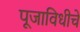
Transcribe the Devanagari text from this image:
पूजाविधीचे